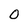
Character: 0